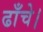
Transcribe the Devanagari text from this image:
ढाँचे।